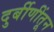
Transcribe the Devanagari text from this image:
दुर्बीणींतून